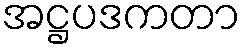
အဋ္ဌပဒကတာ